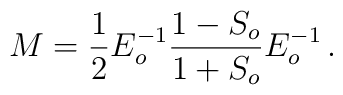
M =\frac{1}{2} E_o^{-1} \frac{1-S_o}{1+S_o}  E_o^{-1}\,.